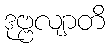
ဒုဗ္ဗလျာတိ